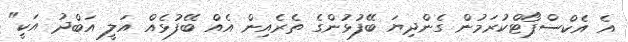
އެ އެކްސްޕޯޓްކުރަމުން ގެންދިޔަ ބޭފުޅުންގެ ތެރެއިން އެއް ބޭފުޅެއް އަލީ އަބްދު އަކީ"